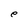
Character: e